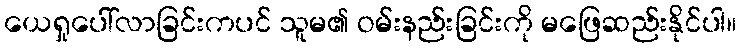
ယေရှုပေါ်လာခြင်းကပင် သူမ၏ ဝမ်းနည်းခြင်းကို မဖြေဆည်းနိုင်ပါ။